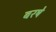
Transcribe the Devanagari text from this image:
बरषे